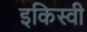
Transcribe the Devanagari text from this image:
इकिस्वी